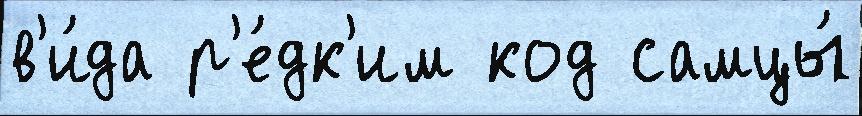
в'и́да р'е́дк'им код самцы́